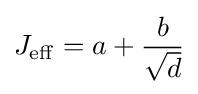
J_{\mathrm {eff} }=a+{\frac {b}{\sqrt {d}}}